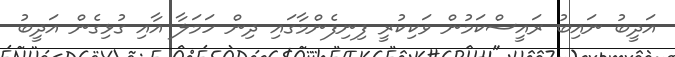
އަދީބު ނައިބު ރައީސްކަމުން ވަކިކުރީ ފިނިފެންމާގައި ދިން ހަމަލާ އާއި ގުޅިގެން އަދީބު